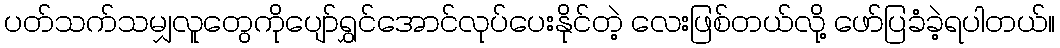
ပတ်သက်သမျှလူတွေကိုပျော်ရွှင်အောင်လုပ်ပေးနိုင်တဲ့ လေးဖြစ်တယ်လို့ ဖော်ပြခံခဲ့ရပါတယ်။